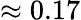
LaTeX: \approx 0.17